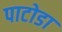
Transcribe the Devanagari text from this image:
पाटोडा